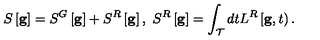
{ } S \left[ { \bf g } \right] = S ^ { G } \left[ { \bf g } \right] + S ^ { R } \left[ { \bf g } \right] , \ S ^ { R } \left[ { \bf g } \right] = \int _ { \cal T } d t L ^ { R } \left[ { \bf g } , t \right) .